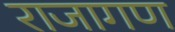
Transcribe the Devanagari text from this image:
राजागण